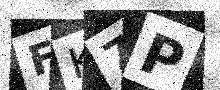
Text: FK7P